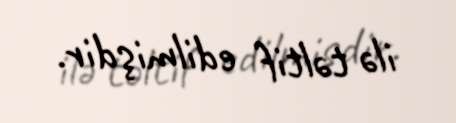
ilə təltif edilmişdir.